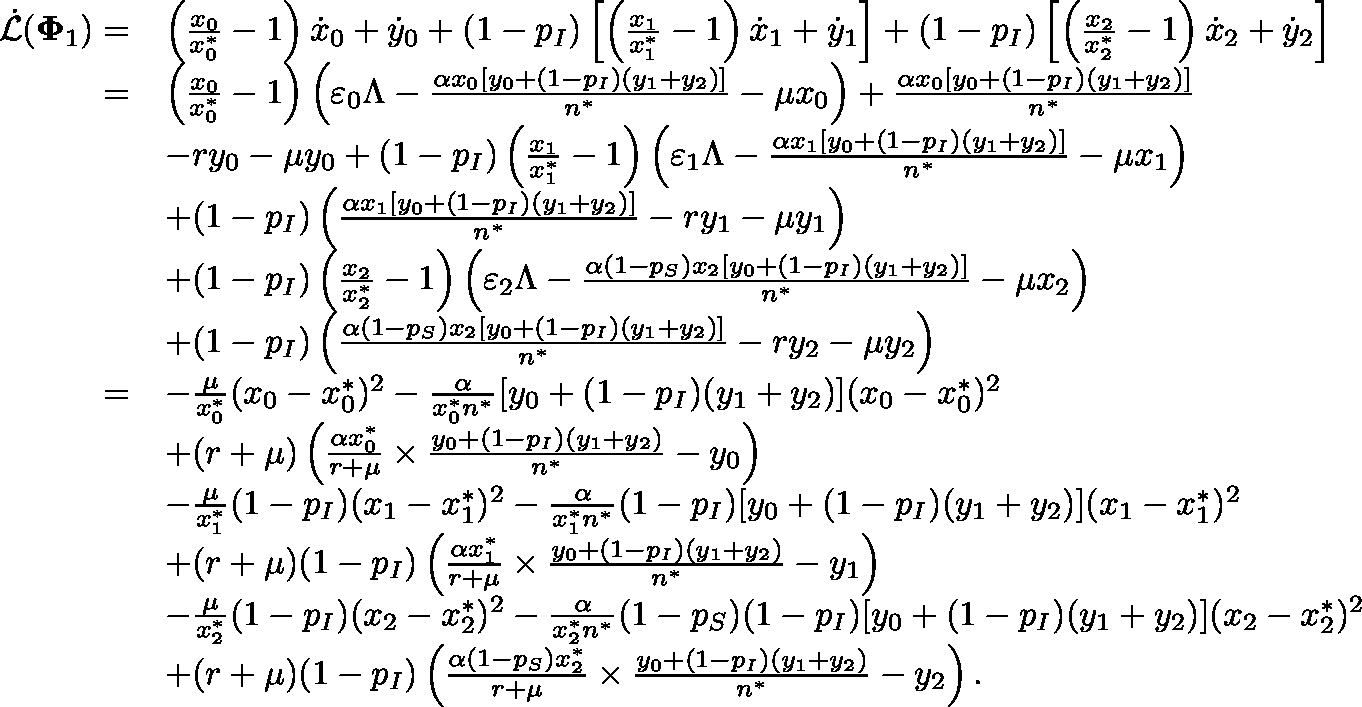
\begin{array} { r l } { \dot { \mathcal { L } } ( \mathbf { \Phi } _ { 1 } ) = } & { \left( \frac { x _ { 0 } } { x _ { 0 } ^ { * } } - 1 \right) \dot { x } _ { 0 } + \dot { y } _ { 0 } + ( 1 - p _ { I } ) \left[ \left( \frac { x _ { 1 } } { x _ { 1 } ^ { * } } - 1 \right) \dot { x } _ { 1 } + \dot { y } _ { 1 } \right] + ( 1 - p _ { I } ) \left[ \left( \frac { x _ { 2 } } { x _ { 2 } ^ { * } } - 1 \right) \dot { x } _ { 2 } + \dot { y } _ { 2 } \right] } \\ { = } & { \left( \frac { x _ { 0 } } { x _ { 0 } ^ { * } } - 1 \right) \left( \varepsilon _ { 0 } \Lambda - \frac { \alpha x _ { 0 } [ y _ { 0 } + ( 1 - p _ { I } ) ( y _ { 1 } + y _ { 2 } ) ] } { n ^ { * } } - \mu x _ { 0 } \right) + \frac { \alpha x _ { 0 } [ y _ { 0 } + ( 1 - p _ { I } ) ( y _ { 1 } + y _ { 2 } ) ] } { n ^ { * } } } \\ & { - r y _ { 0 } - \mu y _ { 0 } + ( 1 - p _ { I } ) \left( \frac { x _ { 1 } } { x _ { 1 } ^ { * } } - 1 \right) \left( \varepsilon _ { 1 } \Lambda - \frac { \alpha x _ { 1 } [ y _ { 0 } + ( 1 - p _ { I } ) ( y _ { 1 } + y _ { 2 } ) ] } { n ^ { * } } - \mu x _ { 1 } \right) } \\ & { + ( 1 - p _ { I } ) \left( \frac { \alpha x _ { 1 } [ y _ { 0 } + ( 1 - p _ { I } ) ( y _ { 1 } + y _ { 2 } ) ] } { n ^ { * } } - r y _ { 1 } - \mu y _ { 1 } \right) } \\ & { + ( 1 - p _ { I } ) \left( \frac { x _ { 2 } } { x _ { 2 } ^ { * } } - 1 \right) \left( \varepsilon _ { 2 } \Lambda - \frac { \alpha ( 1 - p _ { S } ) x _ { 2 } [ y _ { 0 } + ( 1 - p _ { I } ) ( y _ { 1 } + y _ { 2 } ) ] } { n ^ { * } } - \mu x _ { 2 } \right) } \\ & { + ( 1 - p _ { I } ) \left( \frac { \alpha ( 1 - p _ { S } ) x _ { 2 } [ y _ { 0 } + ( 1 - p _ { I } ) ( y _ { 1 } + y _ { 2 } ) ] } { n ^ { * } } - r y _ { 2 } - \mu y _ { 2 } \right) } \\ { = } & { - \frac { \mu } { x _ { 0 } ^ { * } } ( x _ { 0 } - x _ { 0 } ^ { * } ) ^ { 2 } - \frac { \alpha } { x _ { 0 } ^ { * } n ^ { * } } [ y _ { 0 } + ( 1 - p _ { I } ) ( y _ { 1 } + y _ { 2 } ) ] ( x _ { 0 } - x _ { 0 } ^ { * } ) ^ { 2 } } \\ & { + ( r + \mu ) \left( \frac { \alpha x _ { 0 } ^ { * } } { r + \mu } \times \frac { y _ { 0 } + ( 1 - p _ { I } ) ( y _ { 1 } + y _ { 2 } ) } { n ^ { * } } - y _ { 0 } \right) } \\ & { - \frac { \mu } { x _ { 1 } ^ { * } } ( 1 - p _ { I } ) ( x _ { 1 } - x _ { 1 } ^ { * } ) ^ { 2 } - \frac { \alpha } { x _ { 1 } ^ { * } n ^ { * } } ( 1 - p _ { I } ) [ y _ { 0 } + ( 1 - p _ { I } ) ( y _ { 1 } + y _ { 2 } ) ] ( x _ { 1 } - x _ { 1 } ^ { * } ) ^ { 2 } } \\ & { + ( r + \mu ) ( 1 - p _ { I } ) \left( \frac { \alpha x _ { 1 } ^ { * } } { r + \mu } \times \frac { y _ { 0 } + ( 1 - p _ { I } ) ( y _ { 1 } + y _ { 2 } ) } { n ^ { * } } - y _ { 1 } \right) } \\ & { - \frac { \mu } { x _ { 2 } ^ { * } } ( 1 - p _ { I } ) ( x _ { 2 } - x _ { 2 } ^ { * } ) ^ { 2 } - \frac { \alpha } { x _ { 2 } ^ { * } n ^ { * } } ( 1 - p _ { S } ) ( 1 - p _ { I } ) [ y _ { 0 } + ( 1 - p _ { I } ) ( y _ { 1 } + y _ { 2 } ) ] ( x _ { 2 } - x _ { 2 } ^ { * } ) ^ { 2 } } \\ & { + ( r + \mu ) ( 1 - p _ { I } ) \left( \frac { \alpha ( 1 - p _ { S } ) x _ { 2 } ^ { * } } { r + \mu } \times \frac { y _ { 0 } + ( 1 - p _ { I } ) ( y _ { 1 } + y _ { 2 } ) } { n ^ { * } } - y _ { 2 } \right) . } \end{array}